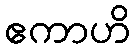
ဧကာဟိ